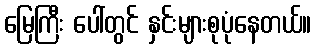
မြေကြီး ပေါ်တွင် နှင်းများစုပုံနေတယ်။